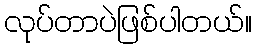
လုပ်တာပဲဖြစ်ပါတယ်။